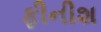
ફીનીશ